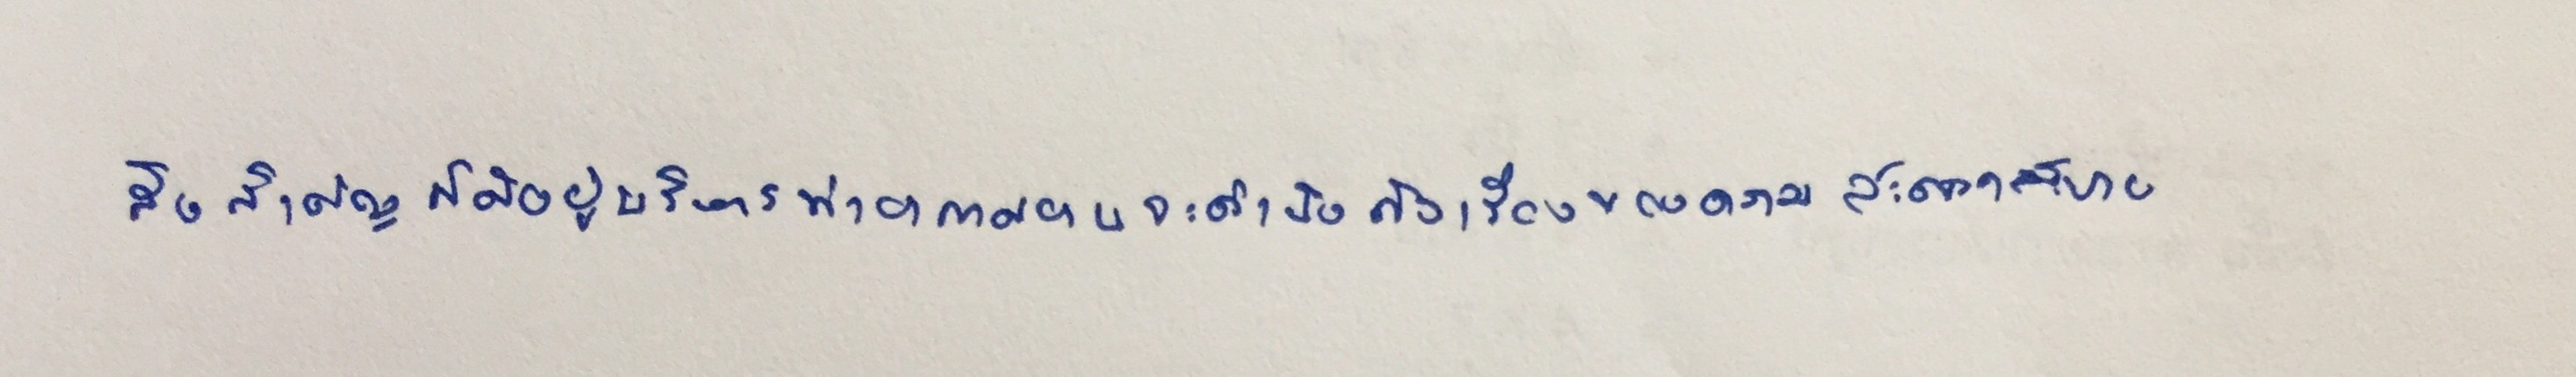
สิ่งสำคัญก็คือผู้บริหารท่าอากาศยานจะคำนึงถึงเรื่องของความสะดวกสบาย